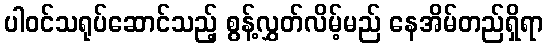
ပါဝင်သရုပ်ဆောင်သည့် စွန့်လွှတ်လိမ့်မည် နေအိမ်တည်ရှိရာ